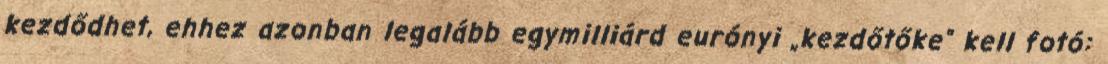
kezdődhet, ehhez azonban legalább egymilliárd eurónyi „kezdőtőke” kell fotó: